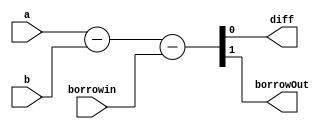
//Castillo, Joaquin Iverson M.
//2020759
 
module full_subtract(diff, borrowOut, a, b , borrowin); 
    	output	diff; 
    	output	borrowOut; 
    	input 	a, b, borrowin; 
    	assign	{borrowOut, diff} = a-b-borrowin; 
    	//result of subtraction is two-bits, the MSB is the borrowOut and LSB
    	// is diff
endmodule 

module testingFS();

	reg 		a, b , borrowin; 
	wire 		diff, borrowOut; 
	full_subtract	fs(diff, borrowOut, a , b , borrowin); 

	initial begin
	a=1'b1; b=1'b1; borrowin=1'b0; 
	end

	initial begin
      #10 a=1'b1;
      #10 a=1'b0; b=1'b1;
      #10 a=1'b1; b=1'b0;
      #10 borrowin=1'b1;
	end

	initial begin
	$display(" a  b borrowin difference borrowOut time");
	$monitor(" %b  %b  %b   %b  %b   %b ",a,b,borrowin,diff,borrowOut,
		$time);   
    	#10 $finish; 
	end
endmodule